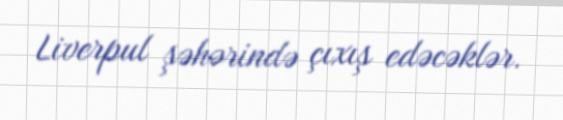
Liverpul şəhərində çıxış edəcəklər.